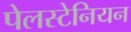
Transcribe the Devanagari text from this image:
पेलस्टेनियन